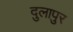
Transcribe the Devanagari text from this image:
दुलापुर